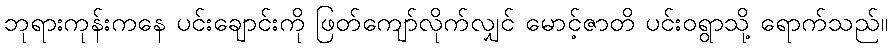
ဘုရားကုန်းကနေ ပင်းချောင်းကို ဖြတ်ကျော်လိုက်လျှင် မောင့်ဇာတိ ပင်းဝရွာသို့ ရောက်သည်။